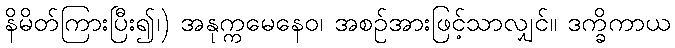
နိမိတ်ကြားပြီး၍၊) အနုက္ကမေနေဝ၊ အစဉ်အားဖြင့်သာလျှင်။ ဒက္ခိကာယ